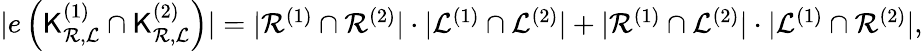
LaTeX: \begin{array}{r}{\vert e\left({\mathsf{K}}_{{\cal R},{\cal L}}^{\left(1\right)}\cap{\mathsf{K}}_{{\cal R},{\cal L}}^{\left(2\right)}\right)\vert=\vert{\cal R}^{\left(1\right)}\cap{\cal R}^{\left(2\right)}\vert\cdot\vert{\cal L}^{\left(1\right)}\cap{\cal L}^{\left(2\right)}\vert+\vert{\cal R}^{\left(1\right)}\cap{\cal L}^{\left(2\right)}\vert\cdot\vert{\cal L}^{\left(1\right)}\cap{\cal R}^{\left(2\right)}\vert,}\end{array}